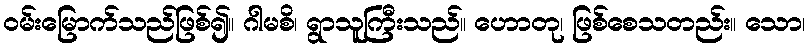
ဝမ်းမြောက်သည်ဖြစ်၍။ ဂါမစိ၊ ရွာသူကြီးသည်။ ဟောတု၊ ဖြစ်စေသတည်း။ သော၊